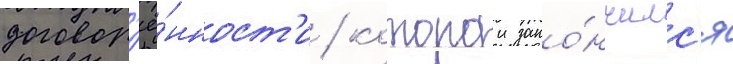
договор'ё́нност'и / которои зако́нчилс'я